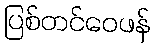
ပြစ်တင်ဝေဖန်